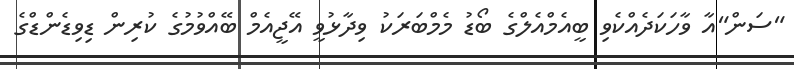
"ސަން"އާ ވާހަކަދެއްކެވި ބީއެމްއެލްގެ ބޯޑު މެމްބަރަކު ވިދާޅުވީ އޭޖީއެމް ބޭއްވުމުގެ ކުރިން ޑިވިޑެންޑްގެ